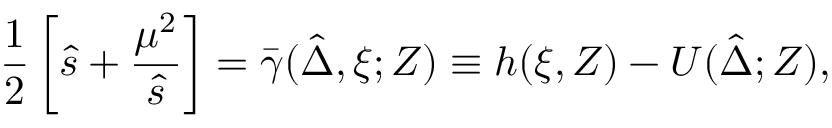
\frac 1 2 \left[ \hat { s } + \frac { \mu ^ { 2 } } { \hat { s } } \right] = \bar { \gamma } ( \hat { \Delta } , \xi ; Z ) \equiv h ( \xi , Z ) - { \cal U } ( \hat { \Delta } ; Z ) ,